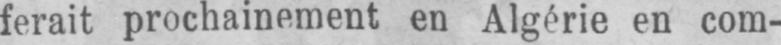
ferait prochainement en Algérie en com-